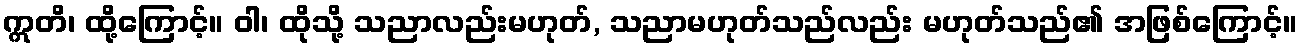
ဣတိ၊ ထို့ကြောင့်။ ဝါ၊ ထိုသို့ သညာလည်းမဟုတ်, သညာမဟုတ်သည်လည်း မဟုတ်သည်၏ အဖြစ်ကြောင့်။